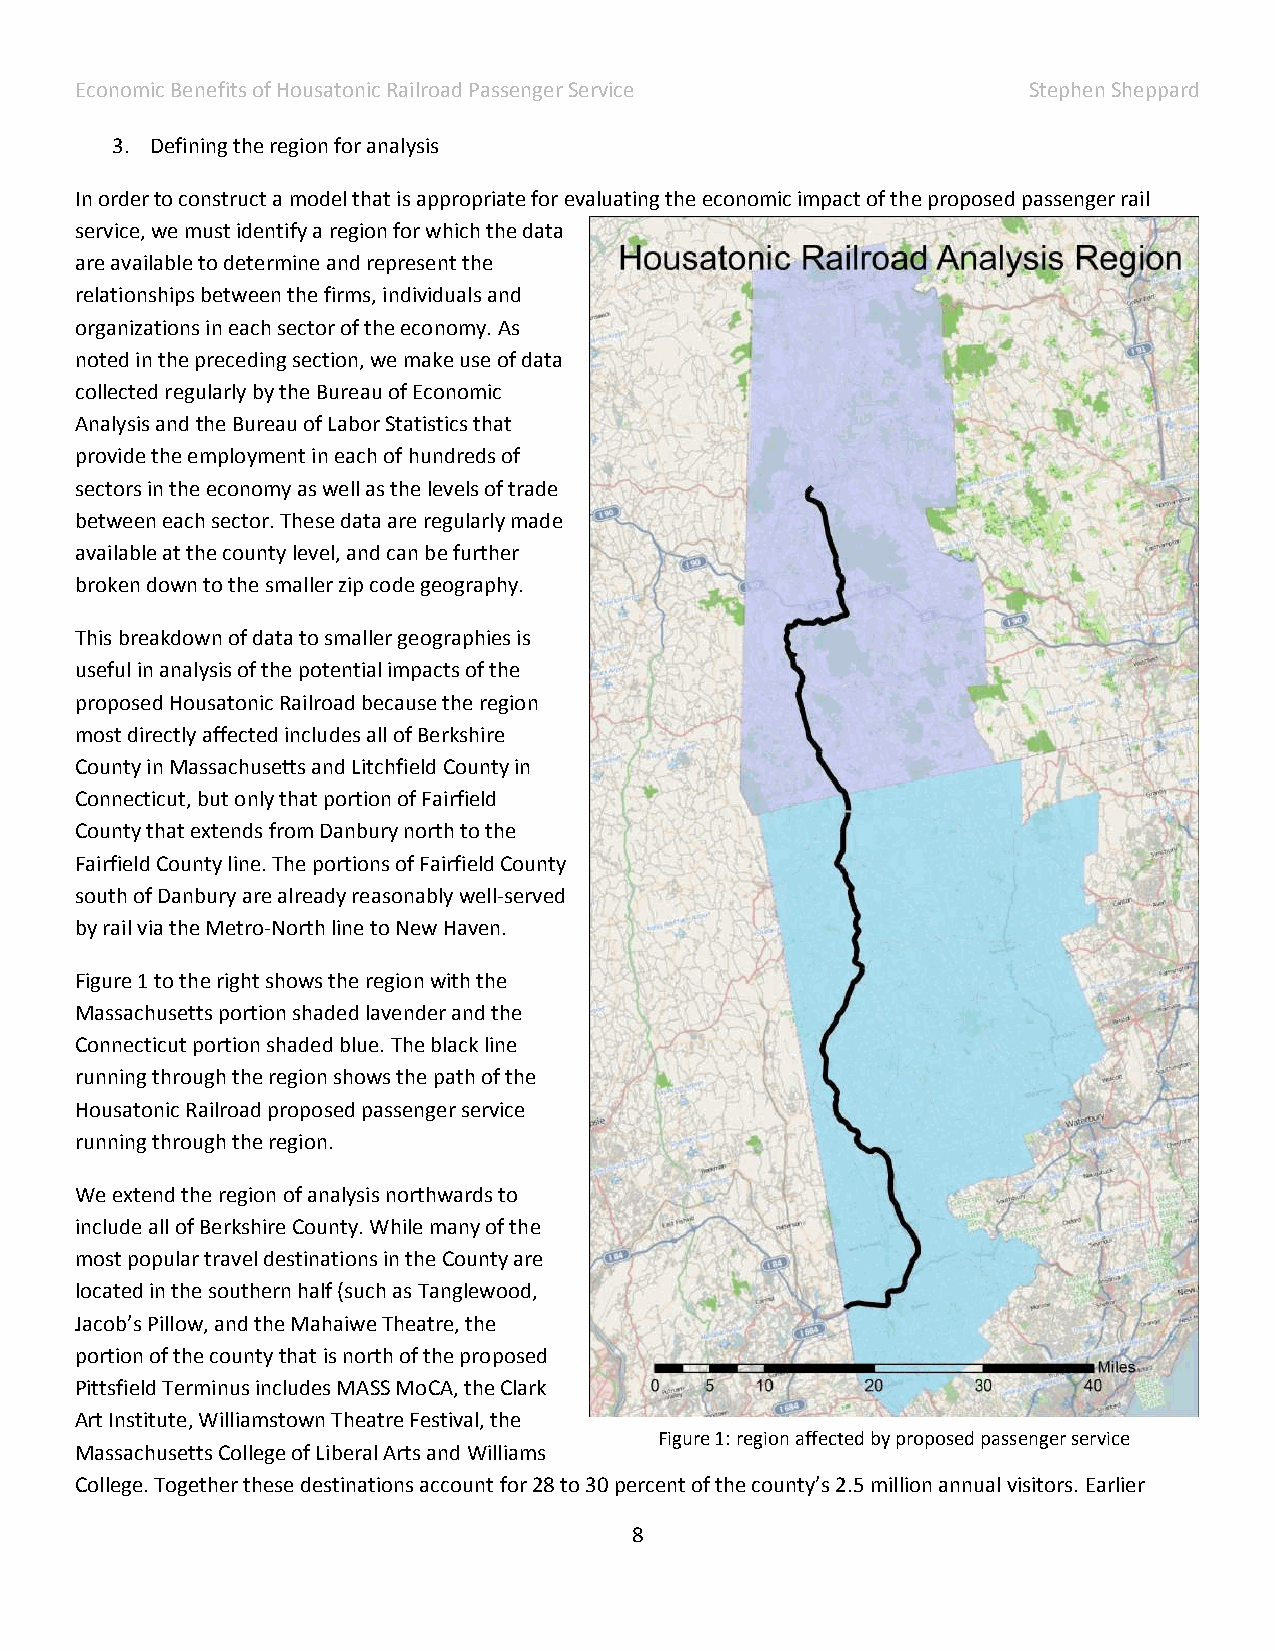
Economic Benefits of Housatonic Railroad Passenger Service     Stephen Sheppard
 3. Defining the region for analysis
 In order to construct a model that is appropriate for evaluating the economic impact of the proposed passenger rail
 service, we must identify a region for which the data
 are available to determine and represent the
 relationships between the firms, individuals and
 organizations in each sector of the economy. As
 noted in the preceding section, we make use of data
 collected regularly by the Bureau of Economic
 Analysis and the Bureau of Labor Statistics that
 provide the employment in each of hundreds of
 sectors in the economy as well as the levels of trade
 between each sector. These data are regularly made
 available at the county level, and can be further
 broken down to the smaller zip code geography.
 This breakdown of data to smaller geographies is
 useful in analysis of the potential impacts of the
 proposed Housatonic Railroad because the region
 most directly affected includes all of Berkshire
 County in Massachusetts and Litchfield County in
 Connecticut, but only that portion of Fairfield
 County that extends from Danbury north to the
 Fairfield County line. The portions of Fairfield County
 south of Danbury are already reasonably well-served
 by rail via the Metro-North line to New Haven.
 Figure 1 to the right shows the region with the
 Massachusetts portion shaded lavender and the
 Connecticut portion shaded blue. The black line
 running through the region shows the path of the
 Housatonic Railroad proposed passenger service
 running through the region.
 We extend the region of analysis northwards to
 include all of Berkshire County. While many of the
 most popular travel destinations in the County are
 located in the southern half (such as Tanglewood,
 Jacob’s Pillow, and the Mahaiwe Theatre, the
 portion of the county that is north of the proposed
 Pittsfield Terminus includes MASS MoCA, the Clark
 Art Institute, Williamstown Theatre Festival, the
 Figure 1: region affected by proposed passenger service
 Massachusetts College of Liberal Arts and Williams
 College. Together these destinations account for 28 to 30 percent of the county’s 2.5 million annual visitors. Earlier
 8